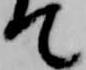
て